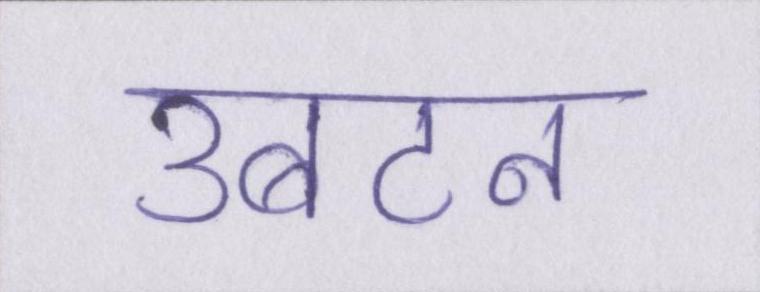
उबटन